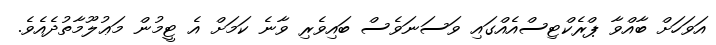
އަވަހަށް ބާއްވާ ޕްރެކްޓިސްއެއްގައި ވަސަނަވެސް ބައިވެރި ވާނެ ކަމަށް އެ ޓީމުން މަޢުލޫމާތުދެއެވެ.